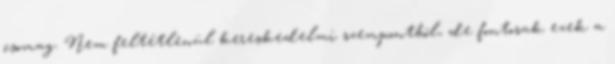
csomag. Nem feltétlenül kereskedelmi szempontból, de fontosak ezek a